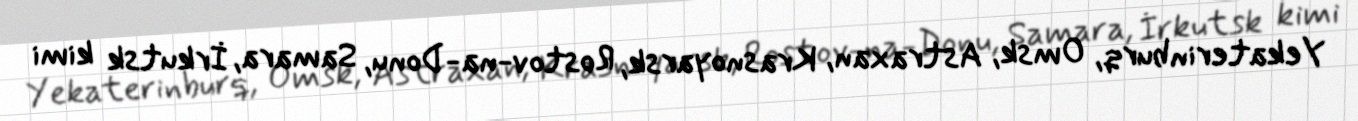
Yekaterinburq, Omsk, Astraxan, Krasnoyarsk, Rostov-na-Donu, Samara, İrkutsk kimi